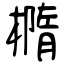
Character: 橢